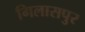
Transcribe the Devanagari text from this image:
गिलासपुर